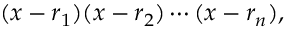
( x - r _ { 1 } ) ( x - r _ { 2 } ) \cdots ( x - r _ { n } ) ,